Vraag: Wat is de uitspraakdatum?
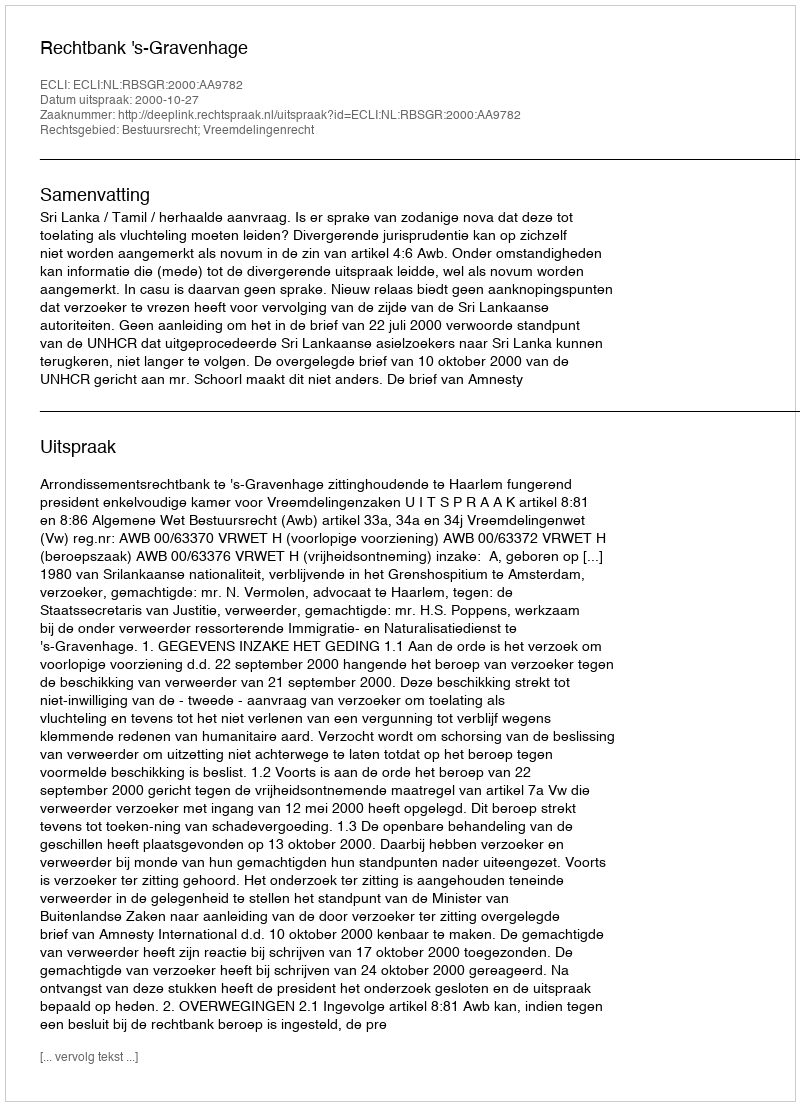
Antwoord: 2000-10-27